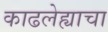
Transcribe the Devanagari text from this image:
काढलेह्याचा